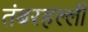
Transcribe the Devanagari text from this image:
तंबरहल्ली